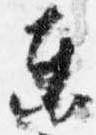
東